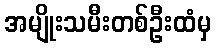
အမျိုးသမီးတစ်ဦးထံမှ